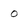
Character: O